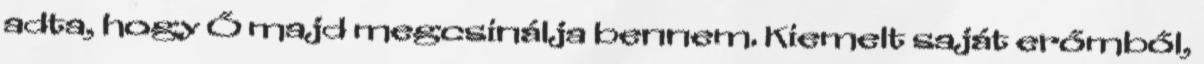
adta, hogy Ő majd megcsinálja bennem. Kiemelt saját erőmből,